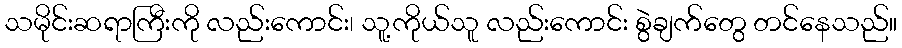
သမိုင်းဆရာကြီးကို လည်းကောင်း၊ သူ့ကိုယ်သူ လည်းကောင်း စွဲချက်တွေ တင်နေသည်။